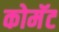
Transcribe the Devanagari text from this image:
कोमॅट